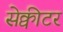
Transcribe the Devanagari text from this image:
सेक्वीटर